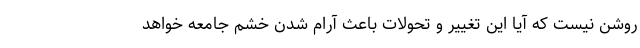
روشن نیست که آیا این تغییر و تحولات باعث آرام شدن خشم جامعه خواهد